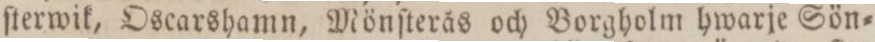
ſterwik, Oscarshamn, Mönſterås och Borgholm hwarje Sön=